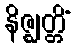
နိဇ္ဈတ္တိံ